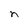
Character: n